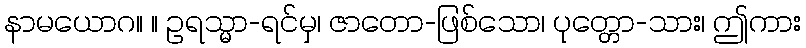
နာမယောဂ။ ။ ဥရသ္မာ-ရင်မှ၊ ဇာတော-ဖြစ်သော၊ ပုတ္တော-သား၊ ဤကား